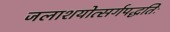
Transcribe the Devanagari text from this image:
जलाशयोत्सर्गपद्धतिः